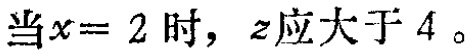
当\(x = 2\)时，\(z\)应大于 \(4\)。